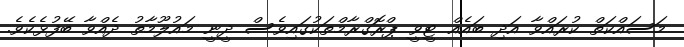
މަސައްކަތް ކުރައްވާ އަދި ބައެއް ޓީވީ ޕްރޮގްރާމްތަކުގައިވެސް ދީނީ މައުލޫމާތު ދެއްވާ ބޭފުޅެކެވެ.